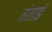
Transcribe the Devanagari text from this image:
तंताई